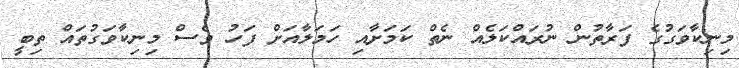
މިނިކާވަގުގެ ފަރާތުން ނުރައްކަލެއް ނެތް ކަމަށާއި ހަމަލާއަށް ފަހު ވެސް މިނިކާވަގުތައް ތިބީ